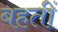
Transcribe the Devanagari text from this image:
बहतीं